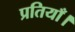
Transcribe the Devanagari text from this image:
प्रतियाँ।